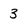
Character: 3